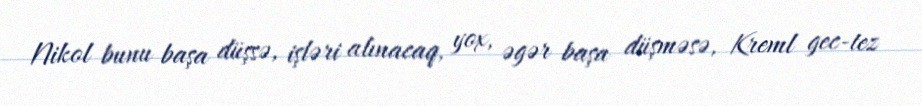
Nikol bunu başa düşsə, işləri alınacaq, yox, əgər başa düşməsə, Kreml gec-tez